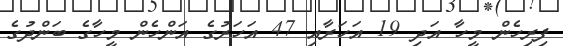
ފިރިހެން މީހާ އަދި 19 އަހަރާއި 47 އަހަރުގެ އަންހެން މީހާގެ ބަންދުގެ